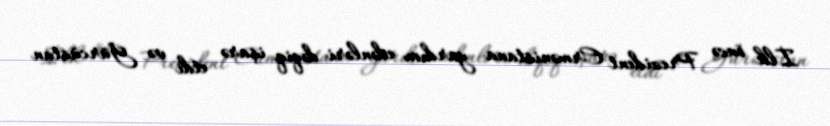
İlk öncə Prezident Ermənistana yardım edənləri dəqiq işarə etdi və Gürcüstan